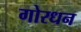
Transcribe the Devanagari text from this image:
गोरधन